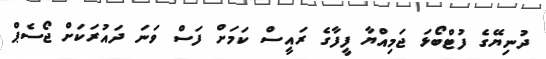
ދުނިޔޭގެ ފުޓްބޯޅަ ޖަމިއްޔާ ފީފާގެ ރައީސް ކަމަށް ފަސް ވަނަ ދައުރަކަށް ޖޯސެޕް